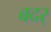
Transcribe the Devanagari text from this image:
बदर्